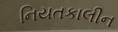
નિયતકાલીન